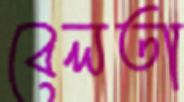
বেলতা